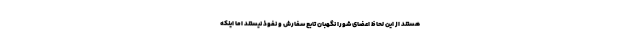
هستند از این لحاظ اعضای شورا نگهبان تابع سفارش و نفوذ نیستند اما اینکه